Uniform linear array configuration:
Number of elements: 4
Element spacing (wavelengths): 0.5
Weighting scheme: blackman
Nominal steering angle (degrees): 0
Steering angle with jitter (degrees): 1.566
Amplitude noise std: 0.05
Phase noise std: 0.05

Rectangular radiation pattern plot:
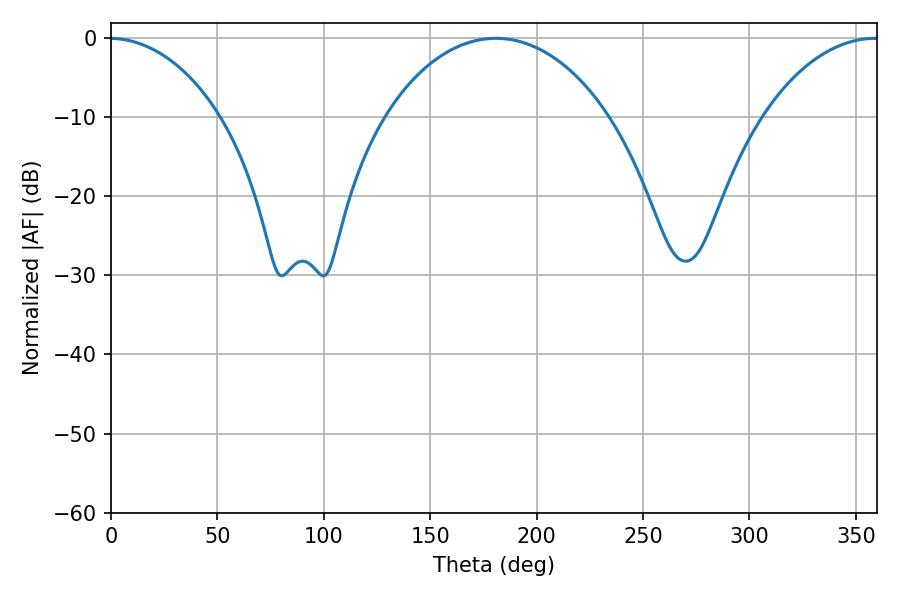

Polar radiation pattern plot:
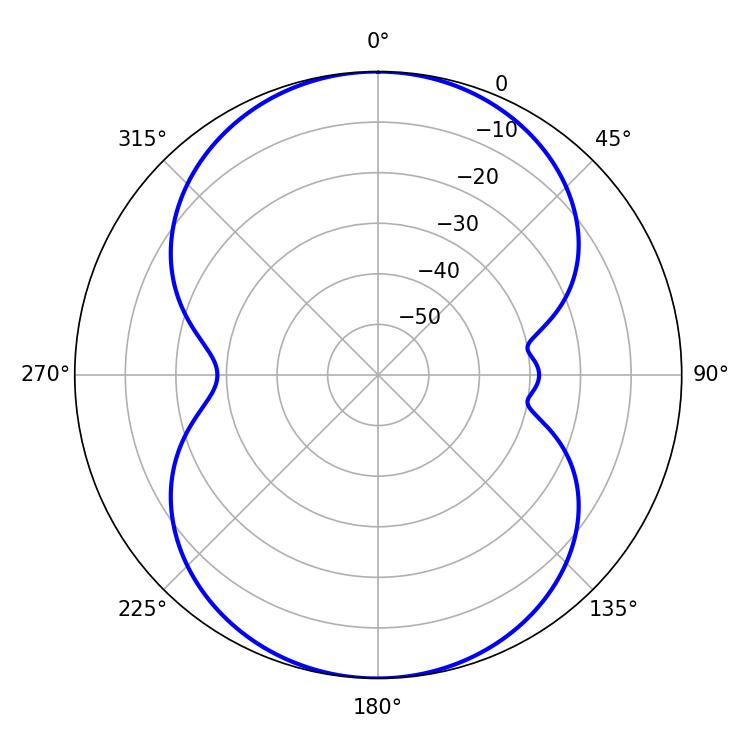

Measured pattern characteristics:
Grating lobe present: FALSE
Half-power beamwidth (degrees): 59.94
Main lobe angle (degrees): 180.9